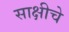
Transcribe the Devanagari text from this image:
साक्षीचे